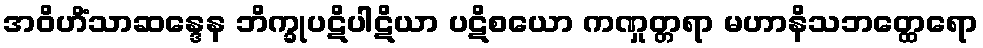
အဝိဟိံသာဆန္ဒေန ဘိက္ခုပဋိပါဋိယာ ပဋိစယော ကဏှုတ္တရာ မဟာနိသဘတ္ထေရော